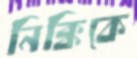
নিক্কিকে